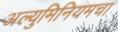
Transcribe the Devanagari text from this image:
अल्युमिनियमचा